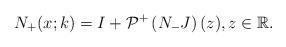
LaTeX: \begin{align*}N_+ (x;k)=I+ \mathcal{P}^+\left(N_- J \right)(z), z \in \mathbb{R}.\end{align*}